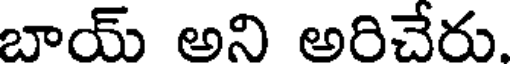
బాయ్ అని అరిచేరు.